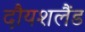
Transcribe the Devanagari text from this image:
दौयशलैंड